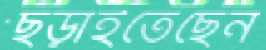
ছড়াইতেছেন